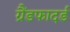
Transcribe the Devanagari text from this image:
ग्रैंडफादर्ड